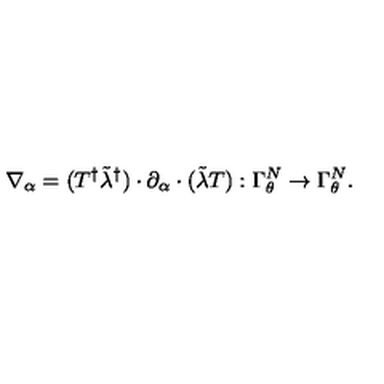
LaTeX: \nabla _ { \alpha } = ( T ^ { \dagger } \tilde { \lambda } ^ { \dagger } ) \cdot \partial _ { \alpha } \cdot ( \tilde { \lambda } T ) : \Gamma _ { \theta } ^ { N } \to \Gamma _ { \theta } ^ { N } .